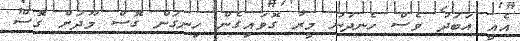
އެއީ އަބަދު ވެސް ހެނދުނު މީރާ ގޮވައިގެން ހިނގަން ގޮސް މޫދަށް ގޮސް